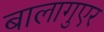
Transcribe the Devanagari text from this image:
बालागुएर